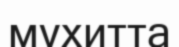
мүхитта